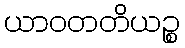
ယာဝတတိယဉ္စ